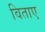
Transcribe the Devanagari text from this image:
विताए